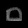
Digit: ၀